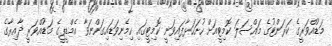
މަޑުއްވަރީގެ ކަރަންޓުގެ މައްސަލަ ކޮމިޓީއަށް ހުށަހަޅާފައިވަނީ ކޮމިޓީގައި ހިމެނިވަޑައިގަންނަވާ އެމްޑީޕީގެ މަޑުއްވަރީ ދާއިރާގެ